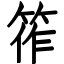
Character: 筰